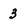
Character: 3